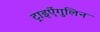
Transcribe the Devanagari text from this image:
ट्राइऐंगुलिन